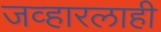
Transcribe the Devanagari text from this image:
जव्हारलाही